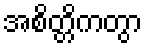
အစိတ္တိကတွာ